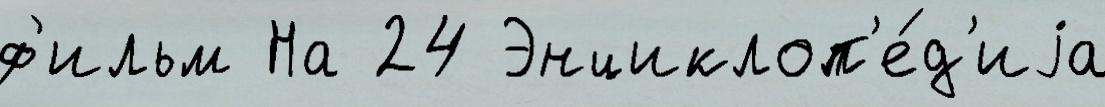
ф'ильм На 24 Энциклоп'е́д'иjа